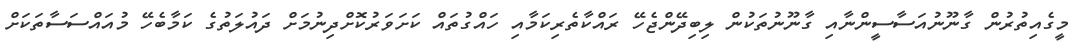
މީގެއިތުރުން ގާނޫނުއަސާސީންނާއި ގާނޫނުތަކުން ލިބިދޭންޖެހޭ ރައްކާތެރިކަމާއި ހައްގުތައް ކަށަވަރުކޮށްދިނުމަށް ދައުލަތުގެ ކަމާބެހޭ މުއައްސަސާތަކަށް